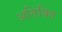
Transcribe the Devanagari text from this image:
अतिक्ति